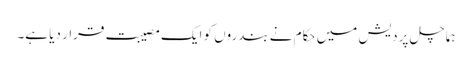
ہماچل پردیش میں حکام نے بندروں کو ایک مصیبت قرار دیا ہے۔